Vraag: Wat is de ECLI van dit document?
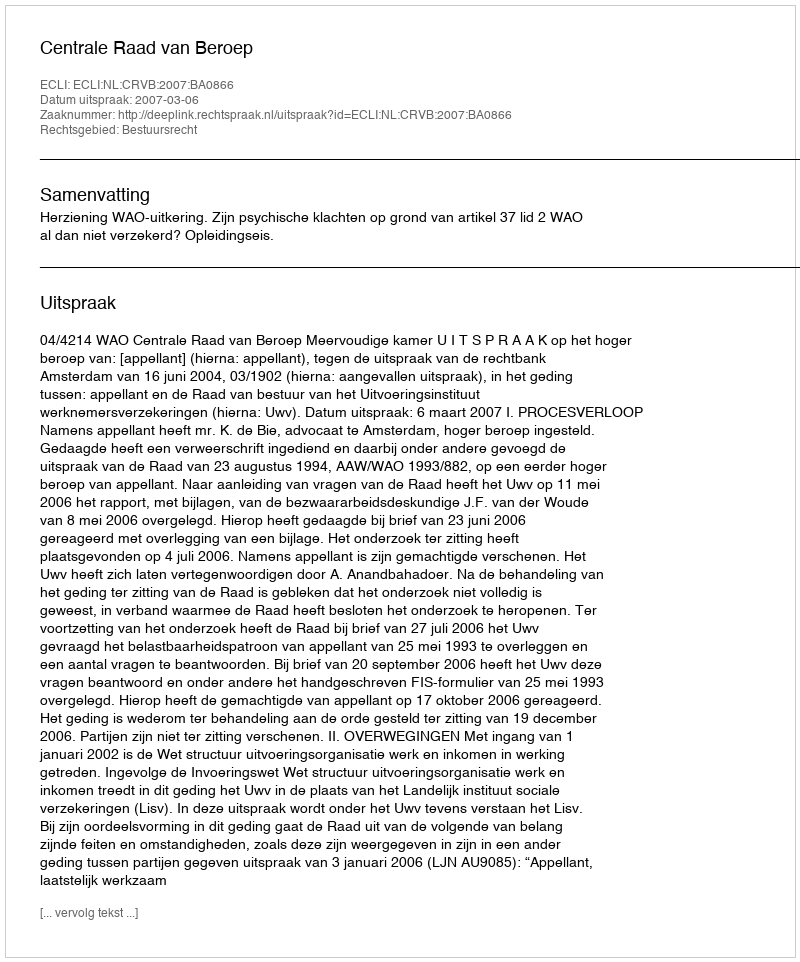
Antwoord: ECLI:NL:CRVB:2007:BA0866